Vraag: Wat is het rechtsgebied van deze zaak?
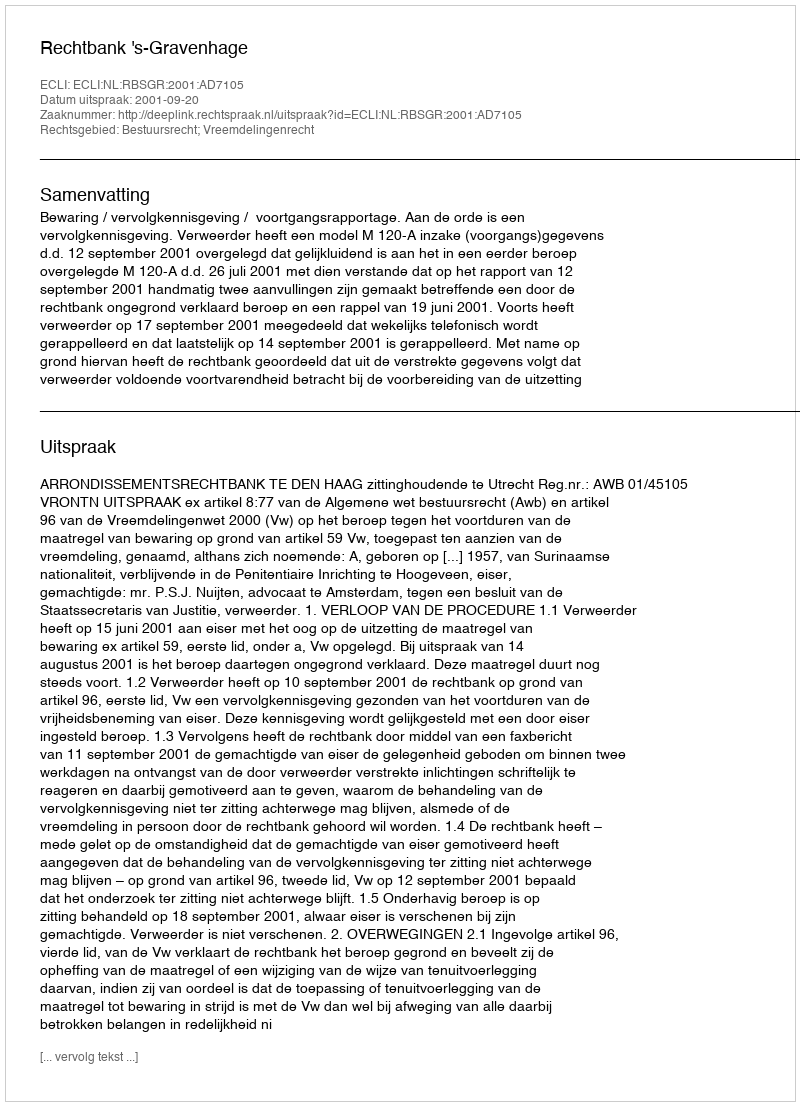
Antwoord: Bestuursrecht; Vreemdelingenrecht